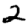
Digit: 2